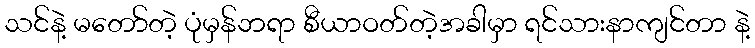
သင်နဲ့ မတော်တဲ့ ပုံမှန်ဘရာ စီယာဝတ်တဲ့အခါမှာ ရင်သားနာကျင်တာ နဲ့